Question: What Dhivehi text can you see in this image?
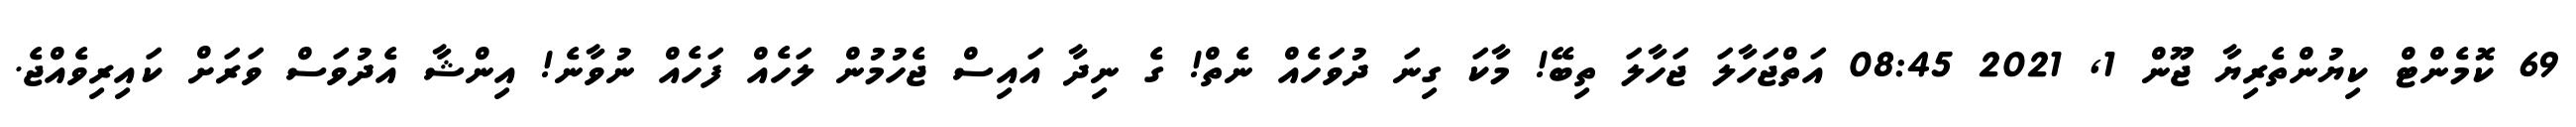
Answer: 69 ކޮމެންޓް ކިޔުންތެރިޔާ ޖޫން 1, 2021 08:45 އަތްޖަހާލަ ޖަހާލަ ތިބޭ! މާކަ ގިނަ ދުވަހެއް ނެތް! ގެ ނިދާ އައިސް ޖެހުމުން ލަހެއް ފަހެއް ނުވާނެ! އިންޝާ އެދުވަސް ވަރަށް ކައިރިވެއްޖެ.